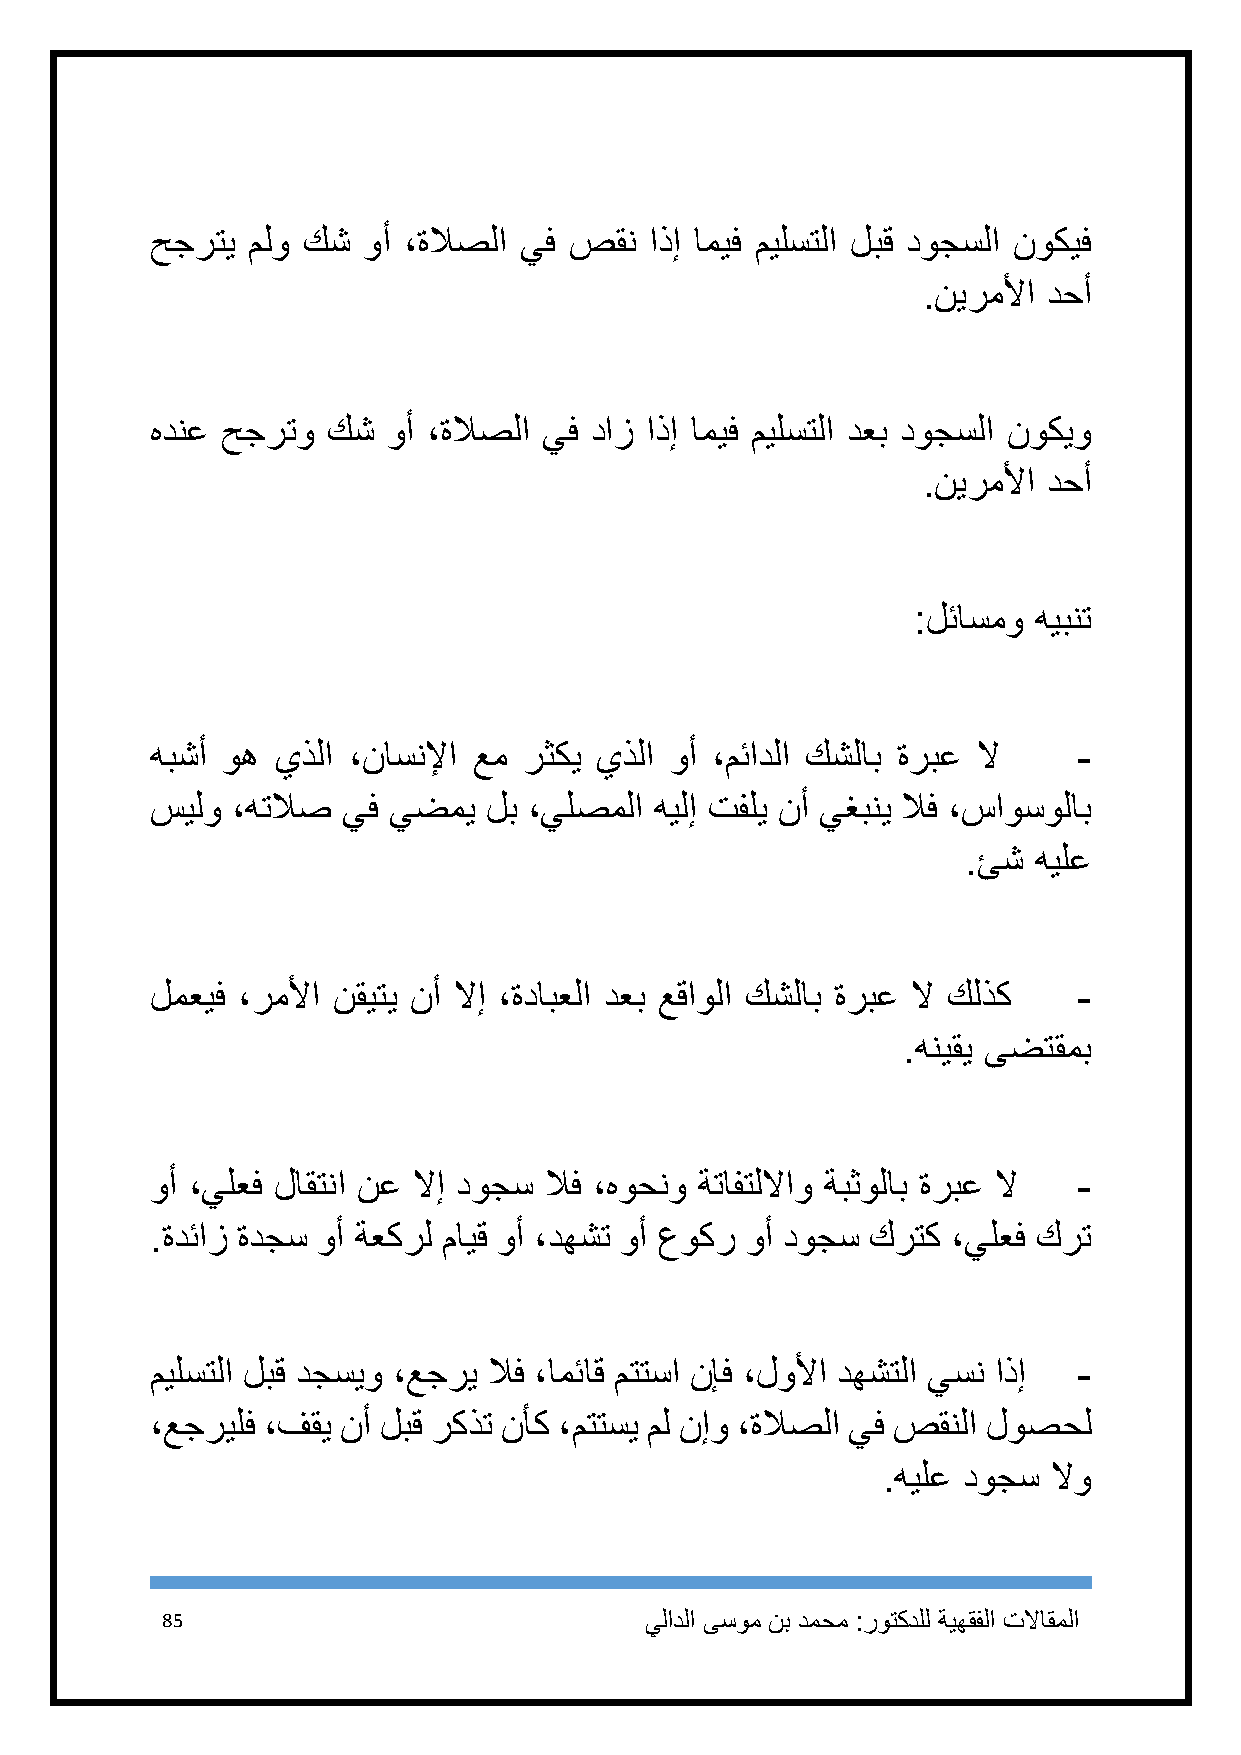
حجرتي ملو كش  وأ ،ةلاصلا يف صقن  اذإ اميف ميلستلا لبق دوجسلا نوكيف
 .نيرملأا دحأ
 هدنع حجرتو  كش  وأ ،ةلاصلا يف داز اذإ اميف ميلستلا دعب دوجسلا نوكيو
 .نيرملأا دحأ
 :لئاسمو هيبنت
 هبشأ وه يذلا ،ناسنلإا عم رثكي يذلا وأ ،مئادلا كشلاب ةربع لا  -
 سيلو ،هتلاص  يف يضمي  لب ،يلصملا هيلإ تفلي نأ يغبني لاف ،ساوسولاب
 .ئش هيلع
 لمعيف ،رملأا نقيتي نأ لاإ ،ةدابعلا دعب عقاولا كشلاب ةربع لا كلذك -
 .هنيقي ىضتقمب
 وأ ،يلعف لاقتنا نع لاإ دوجس لاف ،هوحنو ةتافتللااو ةبثولاب ةربع لا -
 .ةدئاز ةدجس وأ ةعكرل مايق وأ ،دهشت وأ عوكر وأ دوجس كرتك ،يلعف كرت
 ميلستلا لبق دجسيو ،عجري لاف ،امئاق متتسا نإف ،لولأا دهشتلا يسن اذإ -
 ،عجريلف ،فقي نأ لبق ركذت نأك ،متتسي مل نإو ،ةلاصلا يف صقنلا لوصحل
 .هيلع دوجس  لاو
 85                              يلادلا ىسوم نب دمحم :روتكدلل ةيهقفلا تلااقملا